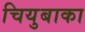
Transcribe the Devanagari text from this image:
चियुबाका